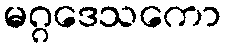
မဂ္ဂဒေသကော